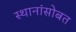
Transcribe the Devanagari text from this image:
स्थानांसोबत